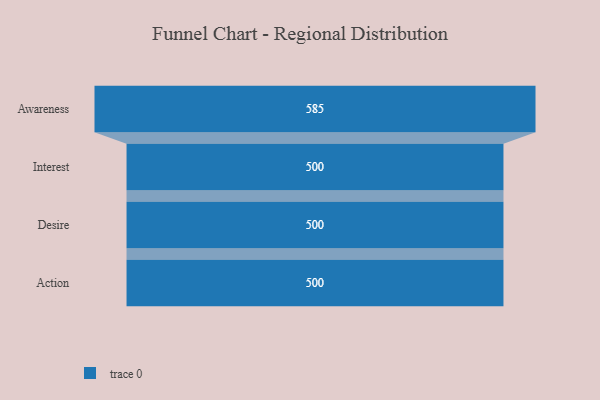
{"axis": {"x": "Stage", "y": "Value"}, "legend": [""], "data": [{"x": "Awareness", "y": 585.0, "type": ""}, {"x": "Interest", "y": 500, "type": ""}, {"x": "Desire", "y": 500, "type": ""}, {"x": "Action", "y": 500, "type": ""}]}